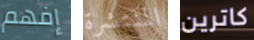
إفهم المنتشرة كاترين